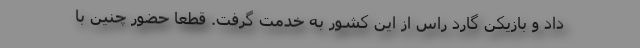
داد و بازیکن گارد راس از این کشور به خدمت گرفت. قطعا حضور چنین با